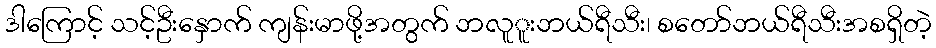
ဒါကြောင့် သင့်ဦးနှောက် ကျန်းမာဖို့အတွက် ဘလူူးဘယ်ရီသီး၊ စတော်ဘယ်ရီသီးအစရှိတဲ့